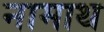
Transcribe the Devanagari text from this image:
नामाथ